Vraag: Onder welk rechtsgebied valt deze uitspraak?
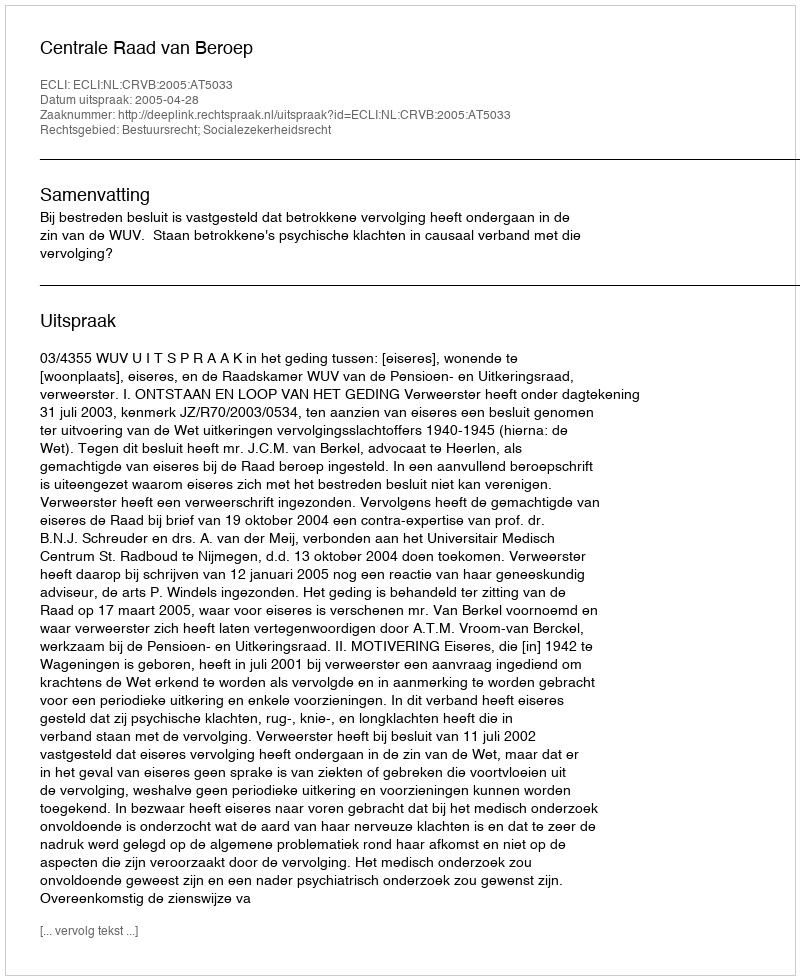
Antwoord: Bestuursrecht; Socialezekerheidsrecht